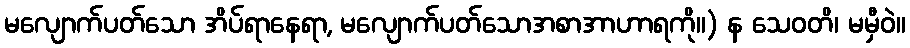
မလျောက်ပတ်သော အိပ်ရာနေရာ, မလျောက်ပတ်သောအစာအာဟာရကို။) န သေဝတိ၊ မမှီဝဲ။